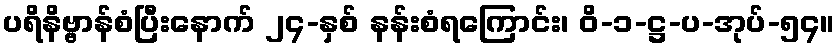
ပရိနိဗ္ဗာန်စံပြီးနောက် ၂၄-နှစ် နန်းစံရကြောင်း၊ ဝိ-၁-ဋ္ဌ-ပ-အုပ်-၅၄။